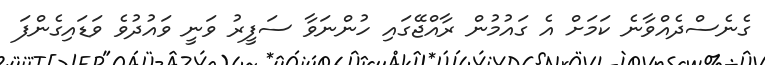
ގެނެސްދެއްވާނެ ކަމަށް އެ ގައުމުން ރާއްޖޭގައި ހުންނަވާ ސަފީރު ވަނީ ވައުދުވެ ވަޑައިގެންފަ